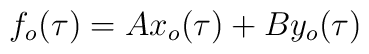
f_{o}(\tau) = A x_{o}(\tau) + B y_{o}(\tau)